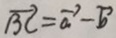
\overrightarrow { B C } = \overrightarrow { a } - \overrightarrow { b }